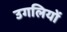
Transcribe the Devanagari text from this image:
उगलियों